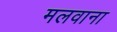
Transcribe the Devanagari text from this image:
मलवाना